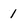
Character: 1